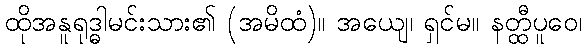
ထိုအနူရုဒ္ဓါမင်းသား၏ (အမိထံ)။ အယျေ၊ ရှင်မ။ နတ္ထီပူဝေ၊